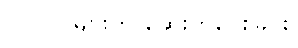
(၁) လူများကို ဆေးကုပေးခြင်း၊